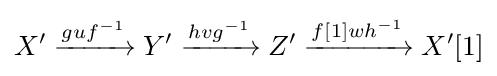
X'\xrightarrow {guf^{-1}} Y'\xrightarrow {hvg^{-1}} Z'\xrightarrow {f[1]wh^{-1}} X'[1]